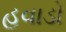
હવાડો